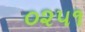
૦૨૫૧